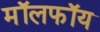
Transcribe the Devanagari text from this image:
मॉलफॉय